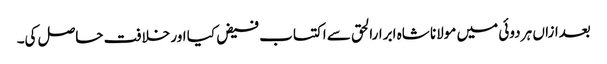
بعدازاں ہر دوئی میں مولانا شاہ ابرارالحق سے اکتساب فیض کیا اور خلافت حاصل کی۔